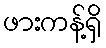
ဖားကန့်ရှိ